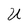
Character: U